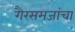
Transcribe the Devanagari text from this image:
गैरसमजांचा